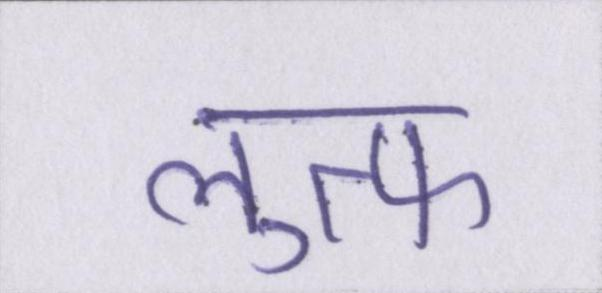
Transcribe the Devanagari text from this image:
लुत्फ